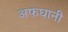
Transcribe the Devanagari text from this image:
अफघानी